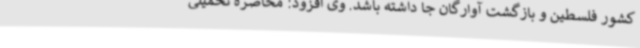
کشور فلسطین و بازگشت آوارگان جا داشته باشد. وی افزود: محاصره تحمیلی